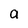
Character: a